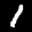
Label: 1